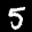
Label: 5